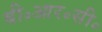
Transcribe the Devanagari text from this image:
बी॰आर॰सी॰